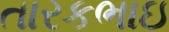
તારકભાઇ